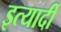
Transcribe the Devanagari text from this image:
इत्यार्दी